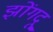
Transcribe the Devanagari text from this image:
झोंगदू